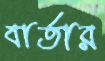
বার্তার